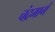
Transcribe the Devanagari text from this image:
चंद्रमार्ग